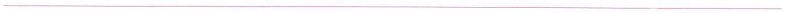
___